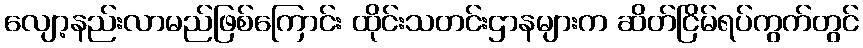
လျော့နည်းလာမည်ဖြစ်ကြောင်း ထိုင်းသတင်းဌာနများက ဆိတ်ငြိမ်ရပ်ကွက်တွင်